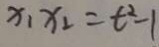
x _ { 1 } x _ { 2 } = t ^ { 2 } - 1